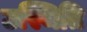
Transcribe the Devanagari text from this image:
उस्थिति